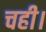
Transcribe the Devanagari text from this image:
चही।